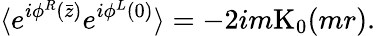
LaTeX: \langle e^{i\phi^{R}(\bar{z})}e^{i\phi^{L}(0)}\rangle=-2im\mathrm{K}_{0}(mr).